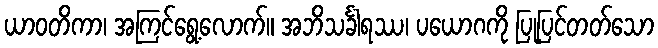
ယာဝတိကာ၊ အကြင်ရွေ့လောက်။ အဘိသင်္ခါရဿ၊ ပယောဂကို ပြုပြင်တတ်သော